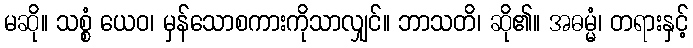
မဆို။ သစ္စံ ယေဝ၊ မှန်သောစကားကိုသာလျှင်။ ဘာသတိ၊ ဆို၏။ အဓမ္မံ၊ တရားနှင့်